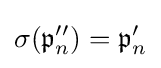
\sigma ({\mathfrak {p}}''_{n})={\mathfrak {p}}'_{n}